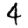
Digit: 4